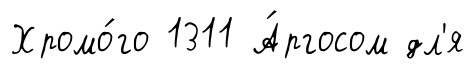
Хромо́го 1311 А́ргосом дл'я